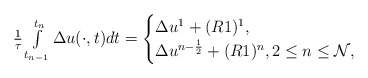
\begin{align*} \begin{array}{ll} \frac{1}{\tau}\int\limits^{t_{n}}_{t_{n-1}}\Delta u(\cdot,t)dt= \begin{cases} \Delta u^{1}+(R1)^{1}, \\ \Delta u^{n-\frac{1}{2}}+(R1)^{n}, 2\leq n\leq \mathcal{N}, \end{cases} \end{array} \end{align*}